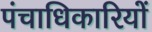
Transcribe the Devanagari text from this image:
पंचाधिकारियों